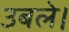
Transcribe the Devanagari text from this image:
उबले।